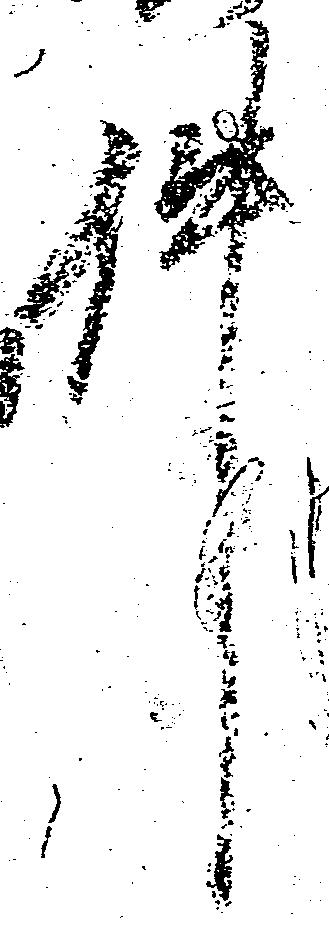
件